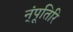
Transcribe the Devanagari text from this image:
न्ंपूतिरि